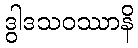
ဒွါဒသဝဿာနိ